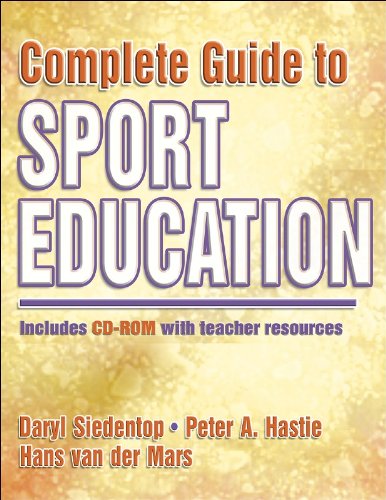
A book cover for Complete Guide to Sport Education; Daryl Siedentop; Sports & Outdoors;